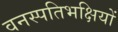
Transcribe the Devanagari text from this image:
वनस्पतिभक्षियों